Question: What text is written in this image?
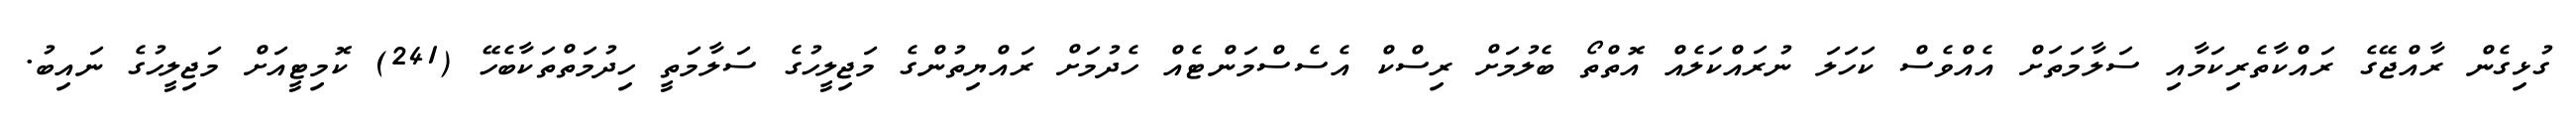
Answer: ގުޅިގެން ރާއްޖޭގެ ރައްކާތެރިކަމާއި ސަލާމަތަށް އެއްވެސް ކަހަލަ ނުރައްކަލެއް އޮތްތޯ ބެލުމަށް ރިސްކް އެސެސްމަންޓެއް ހެދުމަށް ރައްޔިތުންގެ މަޖިލީހުގެ ސަލާމަތީ ހިދުމަތްތަކާބެހޭ (241) ކޮމިޓީއަށް މަޖިލީހުގެ ނައިބު.